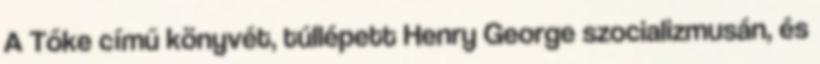
A Tőke című könyvét, túllépett Henry George szocializmusán, és